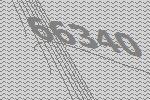
66340